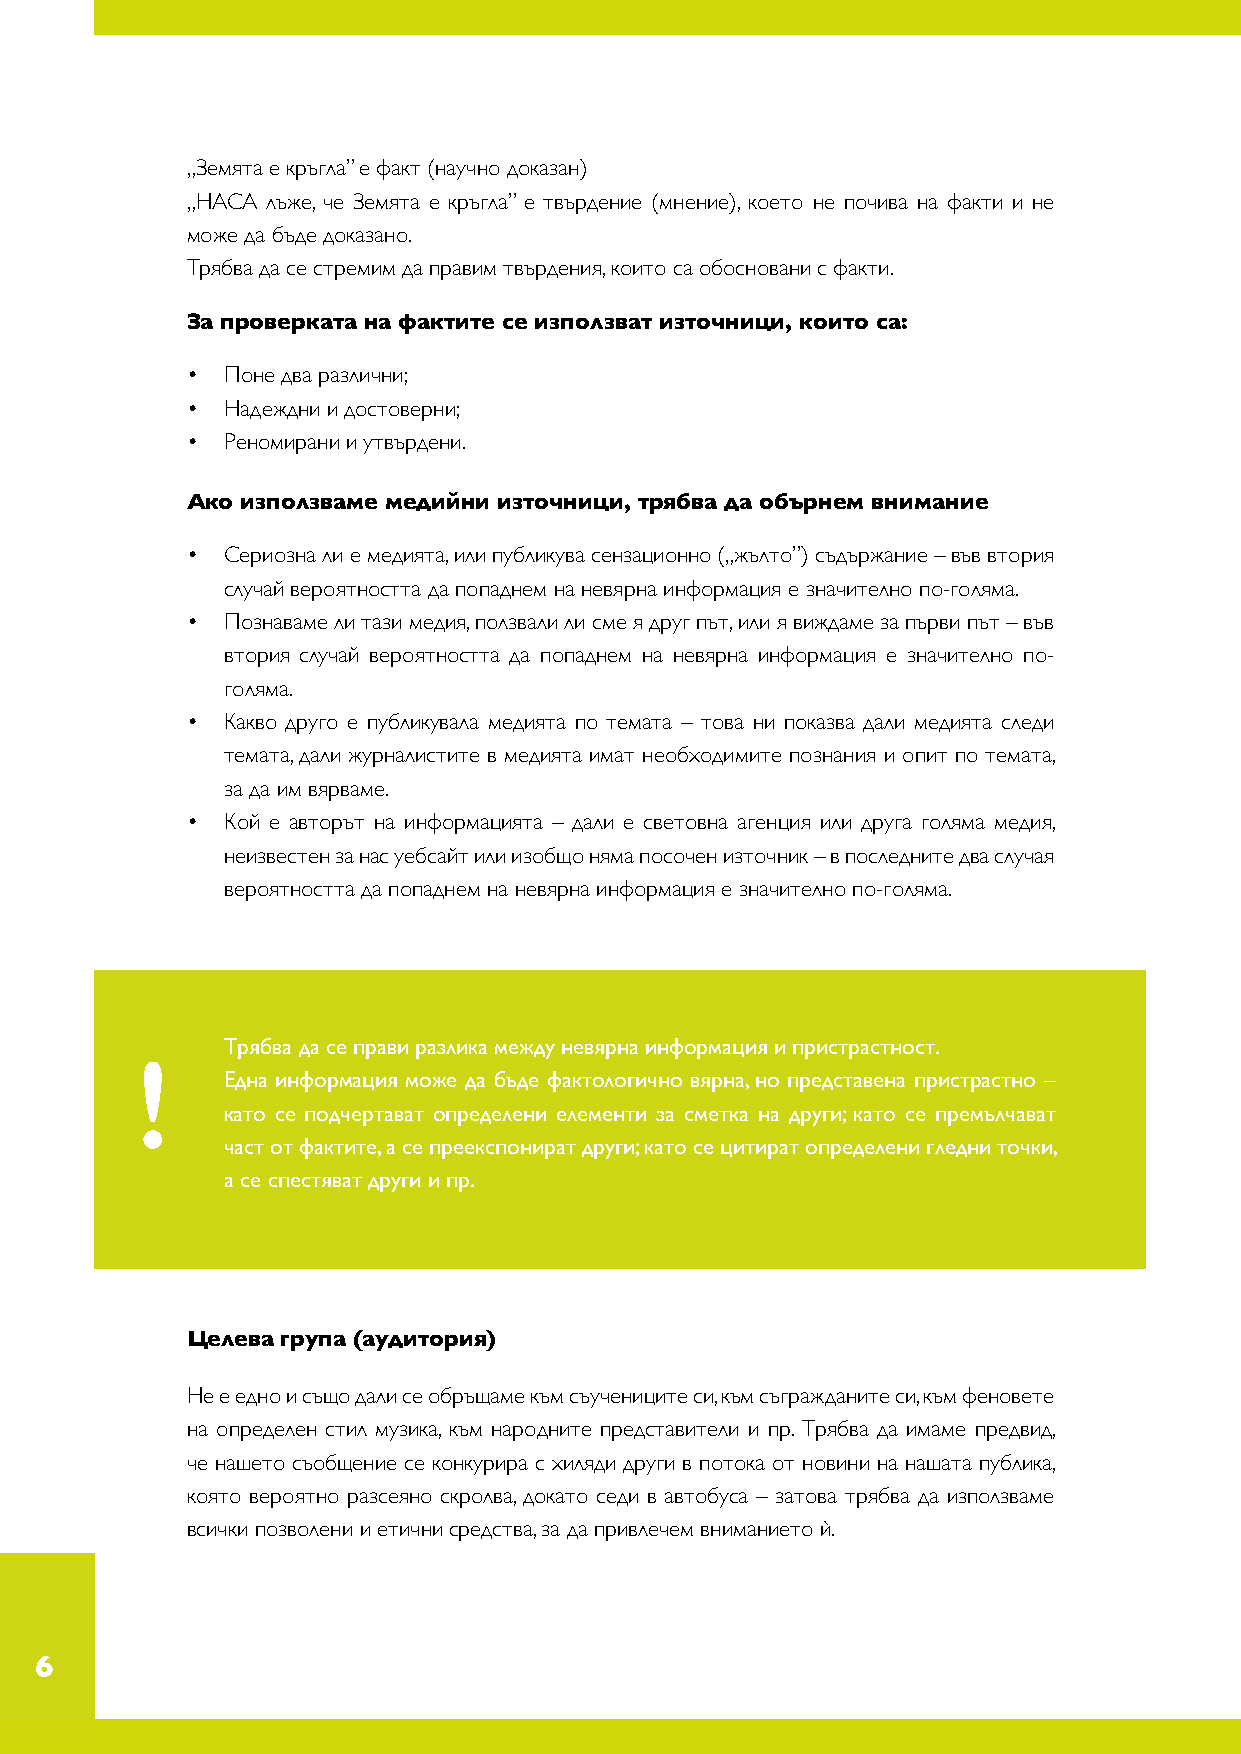
„Земята е кръгла” е факт (научно доказан)
 „НАСА лъже, че Земята е кръгла” е твърдение (мнение), което не почива на факти и не
 може да бъде доказано.
 Трябва да се стремим да правим твърдения, които са обосновани с факти.
 За проверката на фактите се използват източници, които са:
 •  Поне два различни;
 •  Надеждни и достоверни;
 •  Реномирани и утвърдени.
 Ако използваме медийни източници, трябва да обърнем внимание
 •  Сериозна ли е медията, или публикува сензационно („жълто”) съдържание – във втория
 случай вероятността да попаднем на невярна информация е значително по-голяма.
 •  Познаваме ли тази медия, ползвали ли сме я друг път, или я виждаме за първи път – във
 втория случай вероятността да попаднем на невярна информация е значително по-
 голяма.
 •  Какво друго е публикувала медията по темата – това ни показва дали медията следи
 темата, дали журналистите в медията имат необходимите познания и опит по темата,
 за да им вярваме.
 •  Кой е авторът на информацията – дали е световна агенция или друга голяма медия,
 неизвестен за нас уебсайт или изобщо няма посочен източник – в последните два случая
 вероятността да попаднем на невярна информация е значително по-голяма.
 Трябва да се прави разлика между невярна информация и пристрастност.
 !
 Една информация може да бъде фактологично вярна, но представена пристрастно –
 като се подчертават определени елементи за сметка на други; като се премълчават
 част от фактите, а се преекспонират други; като се цитират определени гледни точки,
 а се спестяват други и пр.
 Целева група (аудитория)
 Не е едно и също дали се обръщаме към съучениците си, към съгражданите си, към феновете
 на определен стил музика, към народните представители и пр. Трябва да имаме предвид,
 че нашето съобщение се конкурира с хиляди други в потока от новини на нашата публика,
 която вероятно разсеяно скролва, докато седи в автобуса – затова трябва да използваме
 всички позволени и етични средства, за да привлечем вниманието ѝ.
 6